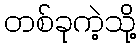
တစ်ခုကဲ့သို့